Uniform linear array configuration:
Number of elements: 12
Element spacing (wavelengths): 0.25
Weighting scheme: binomial
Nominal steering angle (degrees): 15
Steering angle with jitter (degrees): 16.56
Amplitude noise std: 0.05
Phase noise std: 0.05

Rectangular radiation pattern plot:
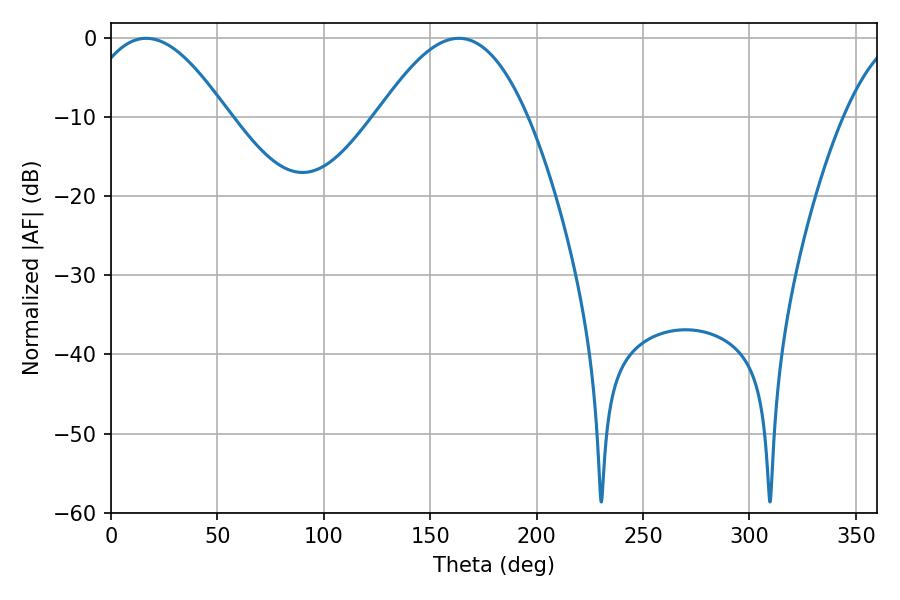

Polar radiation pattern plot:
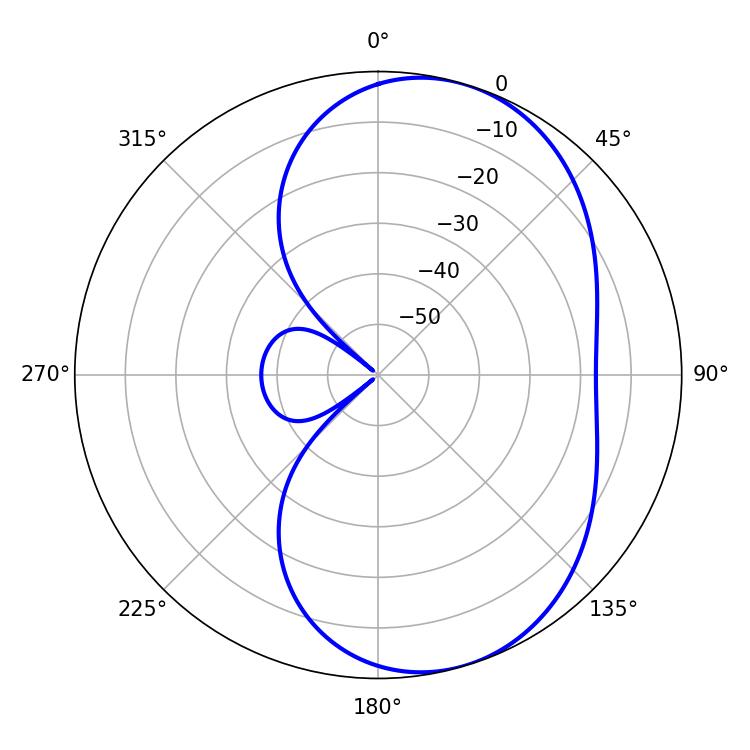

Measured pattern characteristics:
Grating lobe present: FALSE
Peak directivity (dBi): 6.303
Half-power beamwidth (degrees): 36.72
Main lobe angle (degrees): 16.56